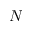
N